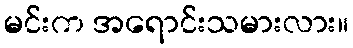
မင်းက အရောင်းသမားလား။